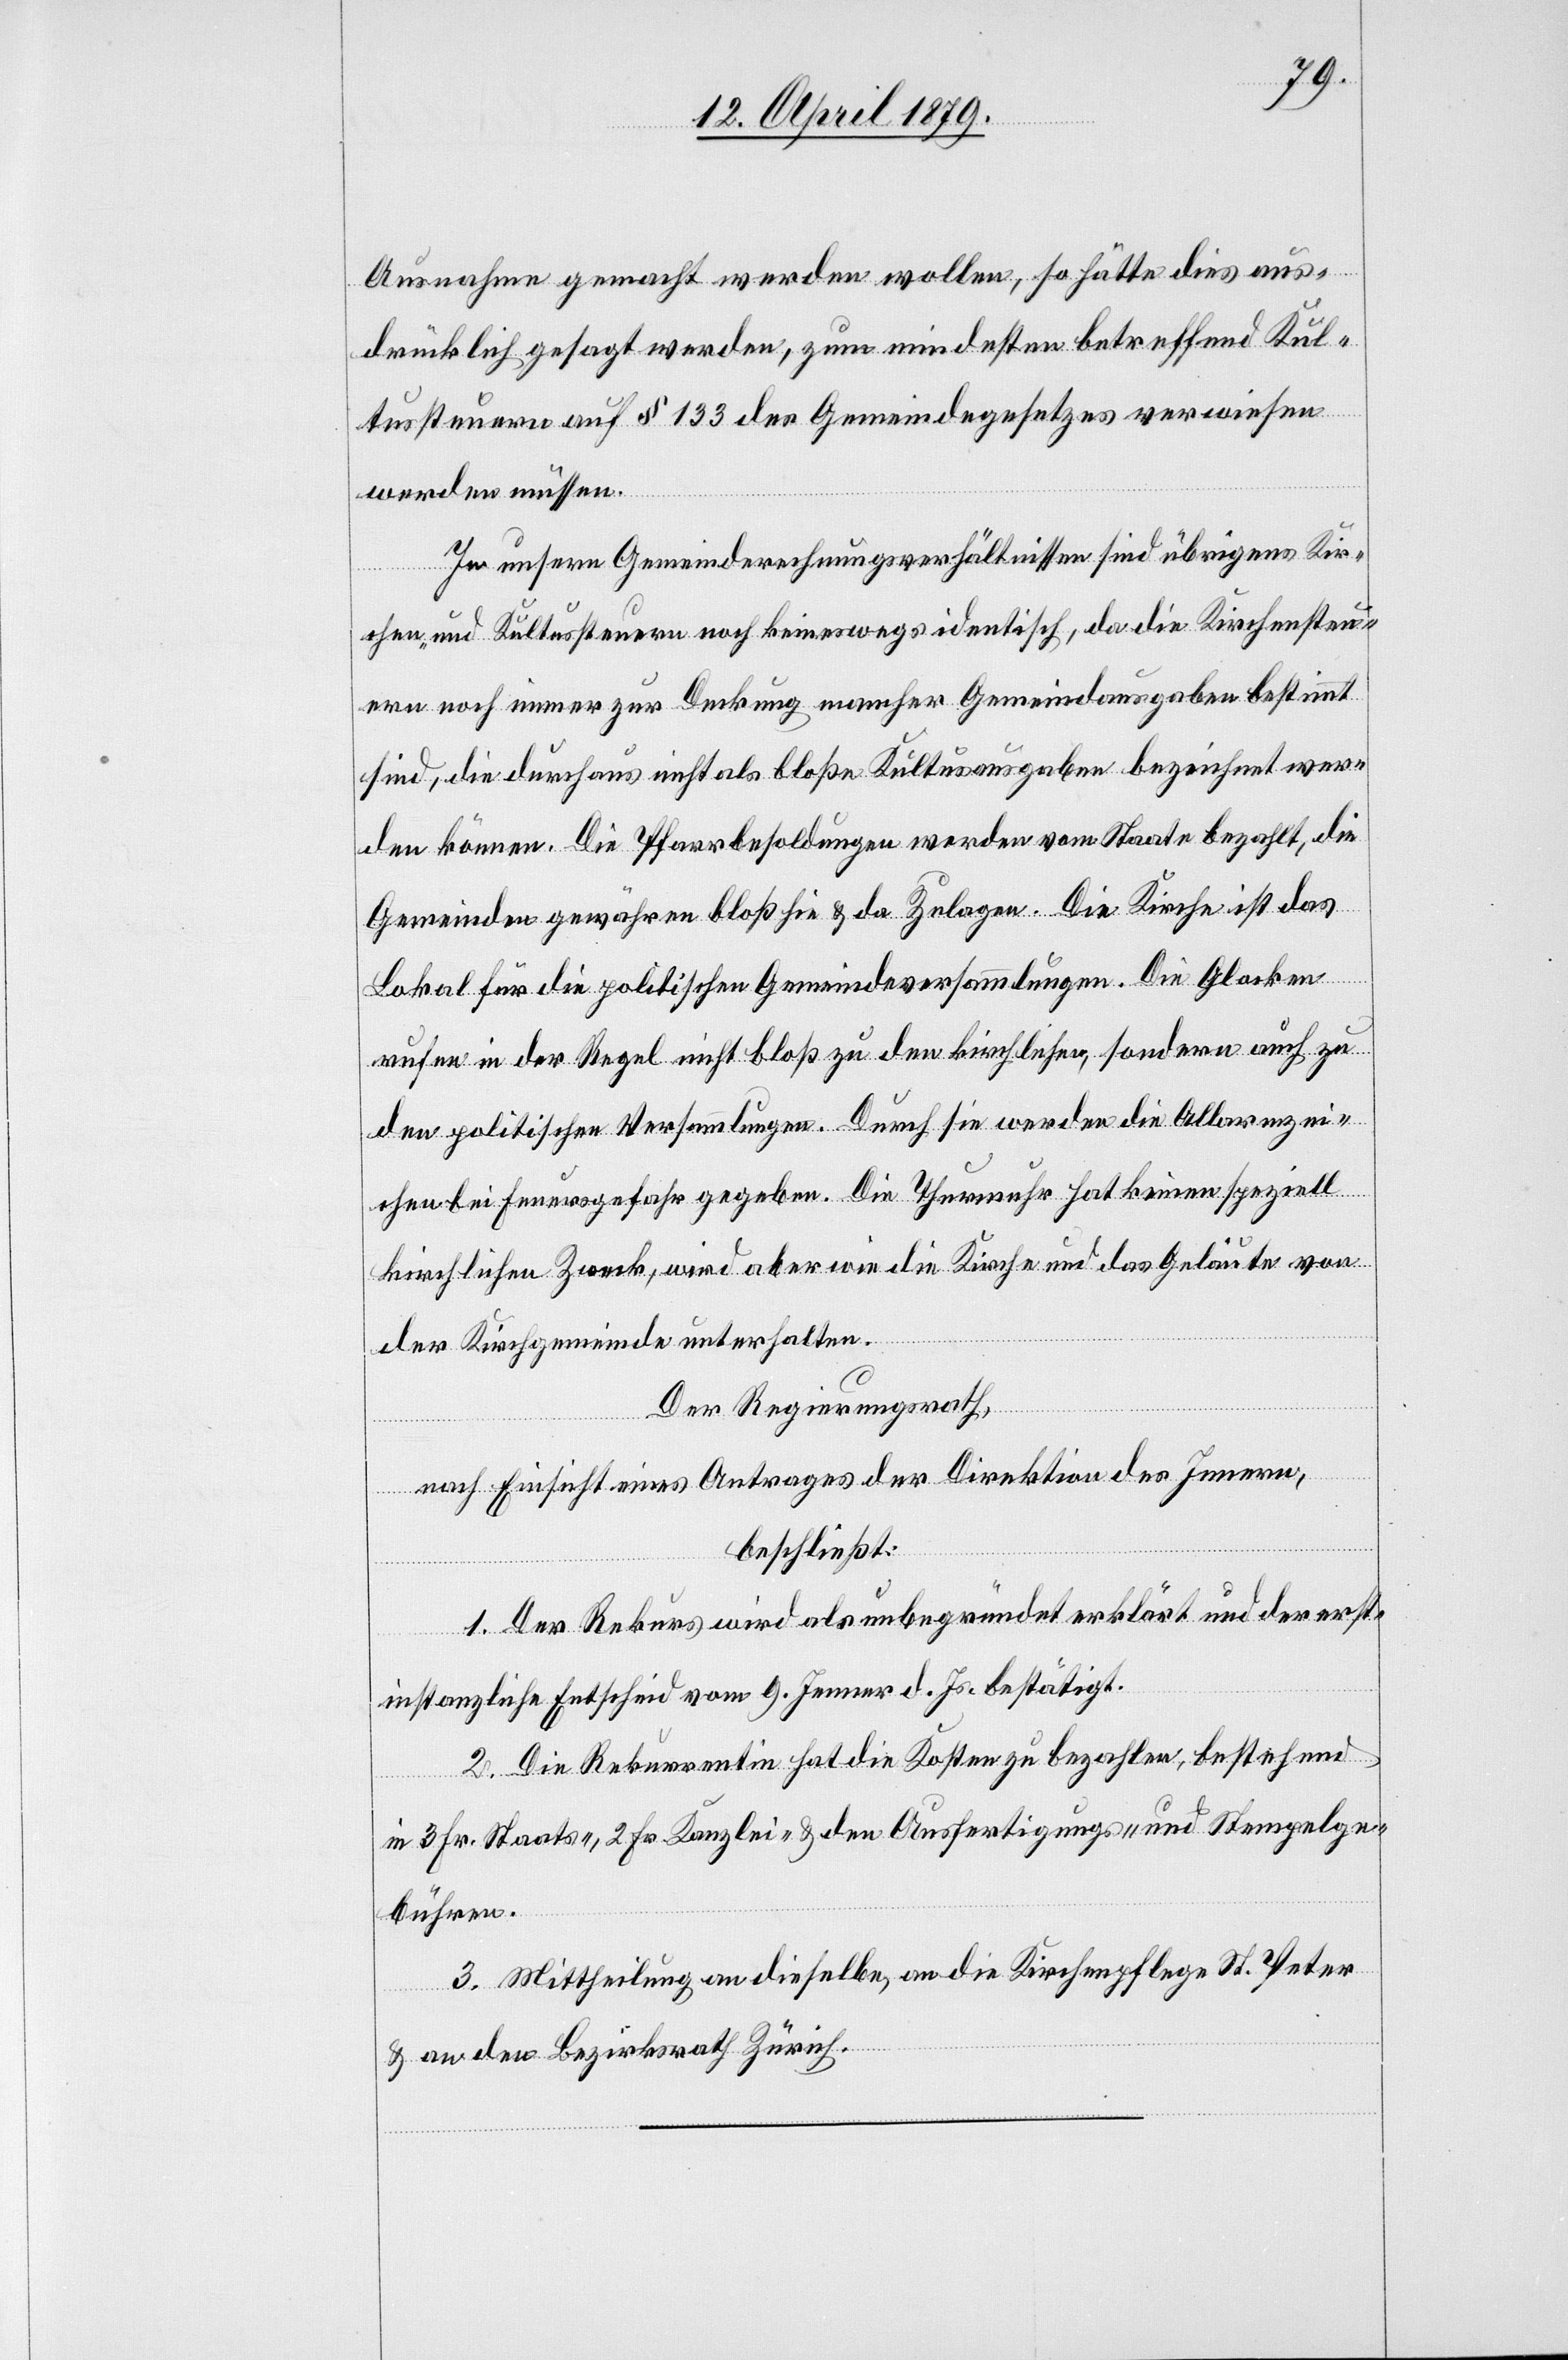
Ausnahme gemacht werden wollen, so hätte dies aus¬
drücklich gesagt werden, zum mindesten betreffend Kul¬
tussteuern auf § 133 des Gemeindegesetzes verwiesen
werden müssen.
In unsern Gemeinderechnungsverhältnissen sind übrigens Kir¬
chen- und Kultussteuern noch keineswegs identisch, da die Kirchensteu¬
ern noch immer zur Deckung mancher Gemeindausgaben bestimmt
sind, die durchaus nicht als bloße Kultusausgaben bezeichnet wer¬
den können. Die Pfarrbesoldungen werden vom Staate bezahlt, die
Gemeinden gewähren bloß hie & da Zulagen. Die Kirche ist das
Lokal für die politischen Gemeindeversammlungen. Die Glocken
rufen in der Regel nicht bloß zu den kirchlichen, sondern auch zu
den politischen Versammlungen. Durch sie werden die Allarmzei¬
chen bei Feuersgefahr gegeben. Die Thurmuhr hat keinen speziell
kirchlichen Zweck, wird aber wie die Kirche und das Geläute von
der Kirchgemeinde unterhalten.
Der Regierungsrath,
nach Einsicht eines Antrages der Direktion des Innern,
beschließt:
1. Der Rekurs wird als unbegründet erklärt und der erst¬
instanzliche Entscheid vom 9. Jenner d. Js. bestätigt.
2. Die Rekurrentin hat die Kosten zu bezahlen, bestehend
in 3 Fr. Staats-, 2 Fr. Kanzlei- & den Ausfertigungs- und Stempelge¬
bühren.
3. Mittheilung an dieselbe, an die Kirchenpflege St. Peter
& an den Bezirksrath Zürich.